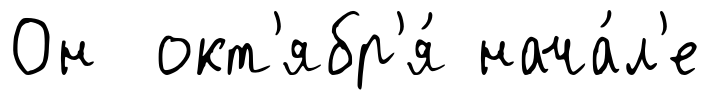
Он окт'ябр'я́ нача́л'е